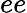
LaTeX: ee